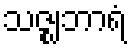
သဇ္ဈဘာရံ